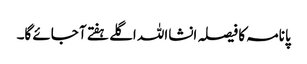
پانامہ کا فیصلہ انشااللہ اگلے ہفتے آ جائے گا۔